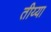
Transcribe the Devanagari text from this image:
तीय्या